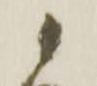
候